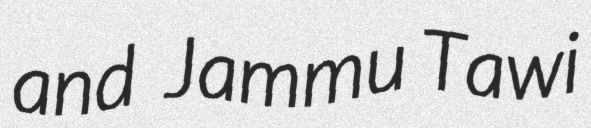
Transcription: and  Jammu Tawi